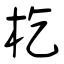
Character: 杚